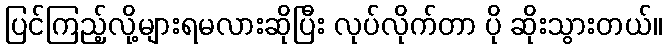
ပြင်ကြည့်လို့များရမလားဆိုပြီး လုပ်လိုက်တာ ပို ဆိုးသွားတယ်။